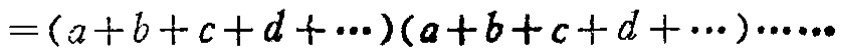
\(=(a + b + c + d+\cdots)(a + b + c + d+\cdots)\cdots\)